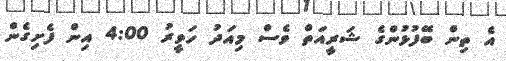
އެ ތިން ބޭފުޅުންގެ ޝަރީއަތް ވެސް މިއަދު ހަވީރު 4:00 އިން ފެށިގެން